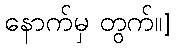
နောက်မှ တွက်။]